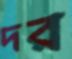
দর